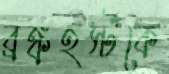
ব্রঙ্কহর্স্টকে